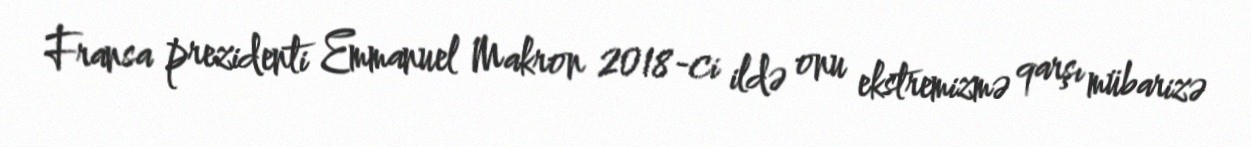
Fransa prezidenti Emmanuel Makron 2018-ci ildə onu ekstremizmə qarşı mübarizə